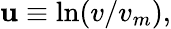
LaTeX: \mathbf{u}\equiv\ln(v/v_{m}),